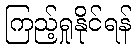
ကြည့်ရှုနိုင်ရန်